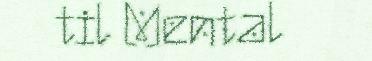
til Mental